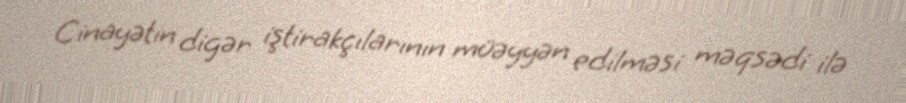
Cinayətin digər iştirakçılarının müəyyən edilməsi məqsədi ilə